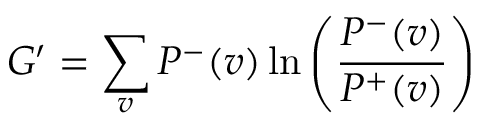
G ^ { \prime } = \sum _ { v } { P ^ { - } ( v ) \ln \left( { \frac { P ^ { - } ( v ) } { P ^ { + } ( v ) } } \right) }